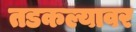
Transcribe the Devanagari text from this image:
तडकल्यावर